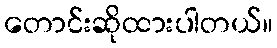
တောင်းဆိုထားပါတယ်။